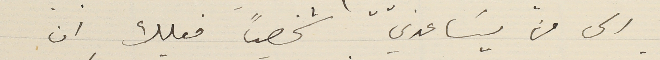
الى من يسَاعدني شخصياً فعليك ان